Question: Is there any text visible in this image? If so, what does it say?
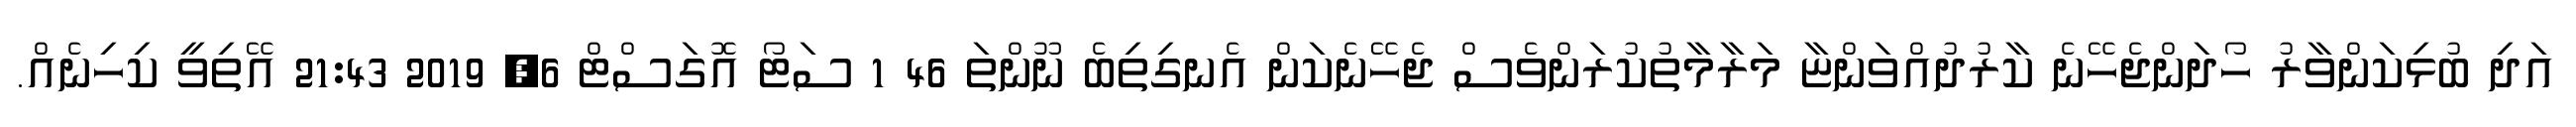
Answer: އަދި ބުޅިކަންވާރު ހޯދަންޖެހޭނެ ކާރުދުއްވަންޏާ މަރާމާތުކުރަންވެސް ޖެހޭނެކަން އެނގިތިބެ ނޫންތަ 46 1 ސަޓޯ އޮގަސްޓް 6, 2019 21:43 އޭތިވީ ކިހިނެއް.